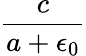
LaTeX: \frac{c}{a+\epsilon_{0}}